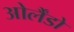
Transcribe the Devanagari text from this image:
ओर्लैंडो